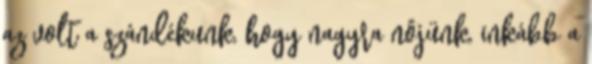
az volt a szándékunk, hogy nagyra nôjünk, inkább a